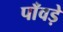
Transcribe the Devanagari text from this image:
पाँवड़े